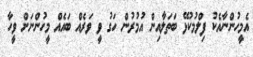
އެމީހުންނާއެކު ފިލްމުކުޅޭ ބަތަލާއިން އުމުރުން ހަގު ވީ ވަރެއް ބައެއް މީހުންނަށް ވީހާ